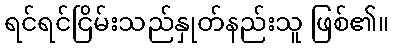
ရင်ရင်ငြိမ်းသည်နှုတ်နည်းသူ ဖြစ်၏။